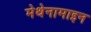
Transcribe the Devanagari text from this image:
मेथेनामाइन